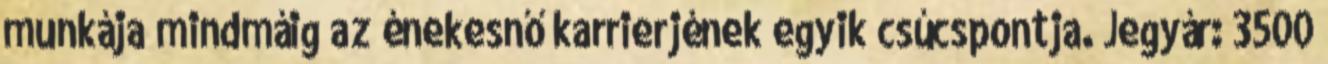
munkája mindmáig az énekesnő karrierjének egyik csúcspontja. Jegyár: 3500